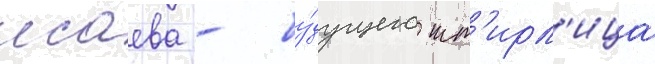
исаева - бу́дущего шт'ирл'ица